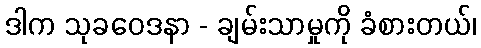
ဒါက သုခဝေဒနာ - ချမ်းသာမှုကို ခံစားတယ်၊